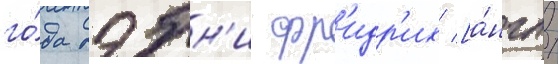
го́да дэбн'и фр'идр'их [а́нгл.